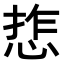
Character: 𢜉